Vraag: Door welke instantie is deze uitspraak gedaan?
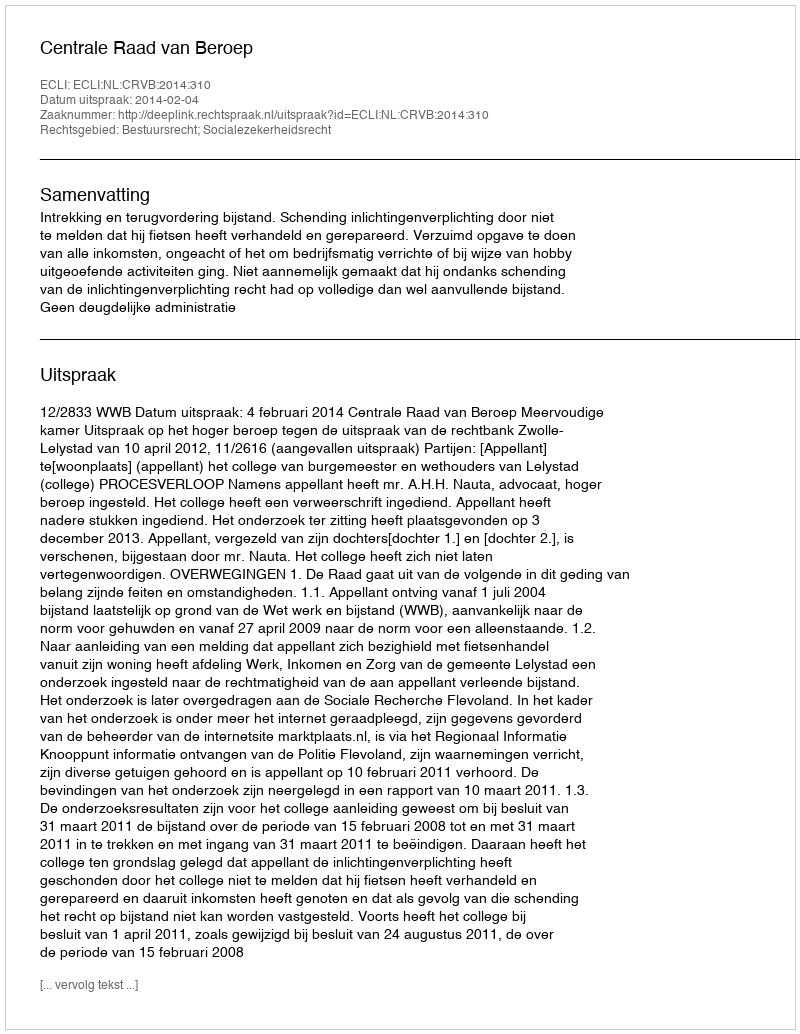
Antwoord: Centrale Raad van Beroep